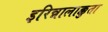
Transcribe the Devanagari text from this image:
इरिन्नालाक्कुता